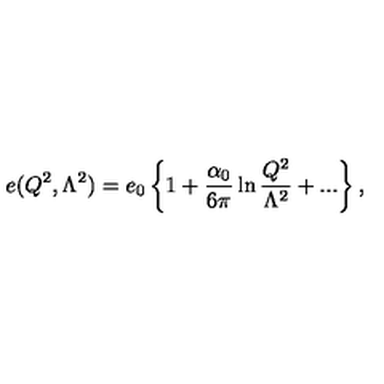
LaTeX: e ( Q ^ { 2 } , \Lambda ^ { 2 } ) = e _ { 0 } \left\{ 1 + \frac { \alpha _ { 0 } } { 6 \pi } \ln \frac { Q ^ { 2 } } { \Lambda ^ { 2 } } + . . . \right\} ,